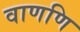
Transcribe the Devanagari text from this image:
वाणणि